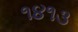
૧૪૧૩